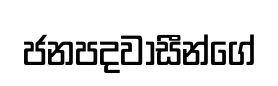
ජනපදවාසීන්ගේ